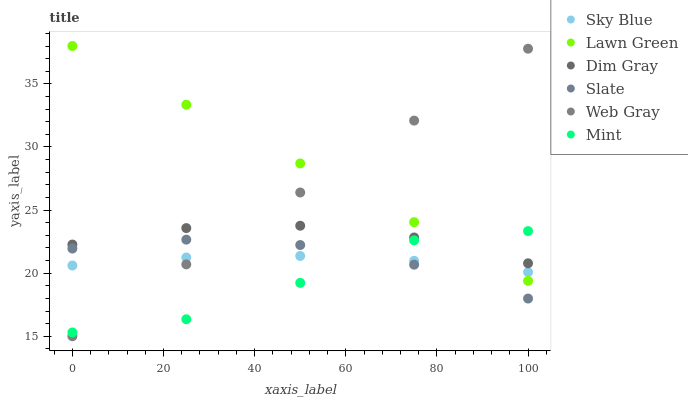
| xaxis_label | Sky Blue | Lawn Green | Dim Gray | Slate | Web Gray | Mint |
 | --- | --- | --- | --- | --- | --- | --- |
 | 0 | 20.6 | 38 | 22.3 | 22 | 15 | 15.3 |
 | 25 | 21.2 | 33.3 | 23.6 | 22.7 | 20.7 | 16.3 |
 | 50 | 21.4 | 28.7 | 23.8 | 22.2 | 26.4 | 19.2 |
 | 75 | 21 | 24 | 22.8 | 20.7 | 32.1 | 22.6 |
 | 100 | 20.1 | 19.4 | 20.8 | 18 | 37.8 | 23.3 |